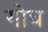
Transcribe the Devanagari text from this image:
गोघ